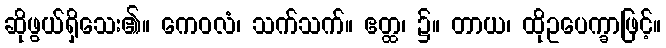
ဆိုဖွယ်ရှိသေး၏။ ကေဝလံ၊ သက်သက်။ ဧတ္ထ၊ ၌။ တာယ၊ ထိုဥပေက္ခာဖြင့်။